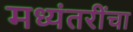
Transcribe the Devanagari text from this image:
मध्यंतरींचा